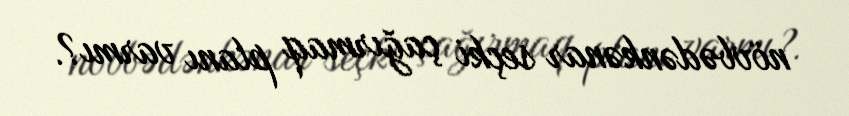
növbədənkənar seçki çağırmaq planı varmı?.